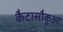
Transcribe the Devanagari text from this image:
कैटासौकुआ